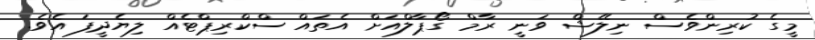
މީގެ ކުރިންވެސް ނިލޭޝް ވަނީ ރާމް ގޯޕާލްއަށް އެތައް ސްކްރިޕްޓެއް ލިޔެދީފަ އެވެ.